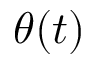
\theta ( t )